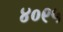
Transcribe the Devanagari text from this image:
४०९५